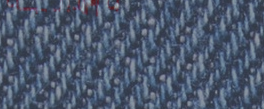
مكتب المحاماة القانوني يق